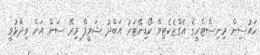
ހައުސިން މިނިސްޓްރީގެ އެގްޒެކެޓިވް ކޯޑިނޭޓަރު އަބްދު ޝަރީފް މިރޭ ސަން އަށް ވިދާޅުވީ